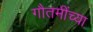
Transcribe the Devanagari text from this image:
गौतमींच्या